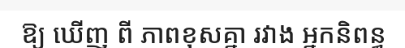
ឱ្យ ឃើញ ពី ភាពខុសគ្នា រវាង អ្នកនិពន្ធ